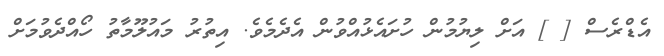
އެޑްރެސް [ ] އަށް ލިޔުމުން ހުށައެޅުއްވުން އެދެމެވެ. އިތުރު މައުލޫމާތު ހޯއްދެވުމަށް